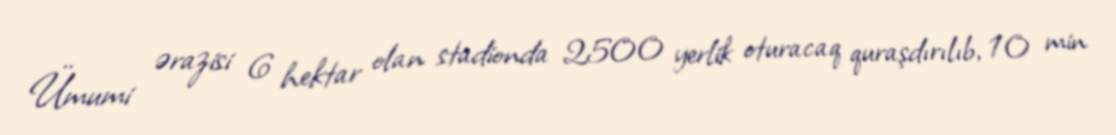
Ümumi ərazisi 6 hektar olan stadionda 2500 yerlik oturacaq quraşdırılıb, 10 min